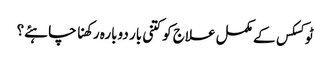
ٹوکسکس کے مکمل علاج کو کتنی بار دوبارہ رکھنا چاہئے؟